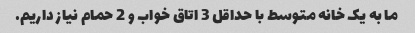
ما به یک خانه متوسط ​​با حداقل 3 اتاق خواب و 2 حمام نیاز داریم.